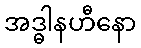
အဒ္ဓါနဟီနော